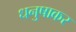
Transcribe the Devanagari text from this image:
धनुषाकर